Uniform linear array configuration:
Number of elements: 4
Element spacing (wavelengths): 0.5
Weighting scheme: exponential
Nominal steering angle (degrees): -60
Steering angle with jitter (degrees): -59.543
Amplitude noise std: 0.05
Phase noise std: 0.05

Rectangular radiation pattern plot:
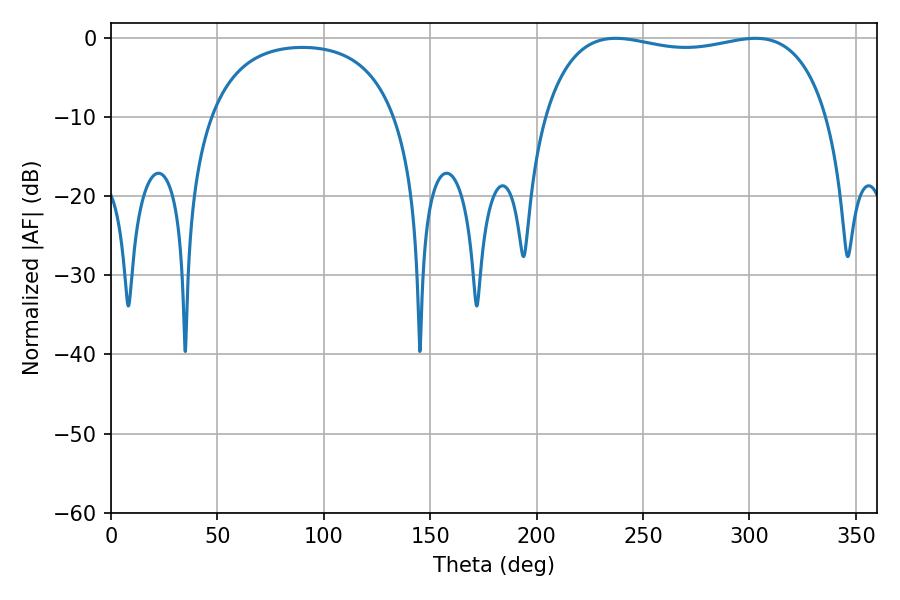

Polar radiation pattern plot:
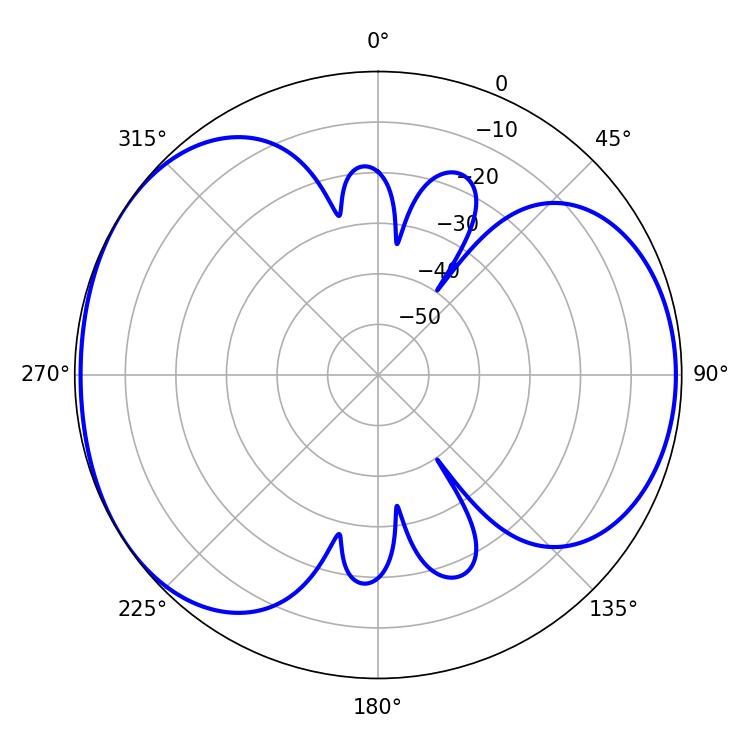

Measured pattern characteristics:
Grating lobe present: FALSE
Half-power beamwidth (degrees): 108
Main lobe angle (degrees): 237.24